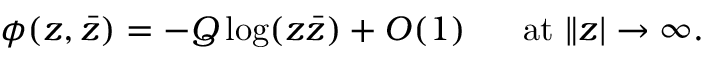
\phi ( z , \bar { z } ) = - Q \log ( z \bar { z } ) + O ( 1 ) \ \ \ \ \ \mathrm { a t } \ \| z | \rightarrow \infty . \nonumber